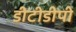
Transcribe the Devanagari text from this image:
डीटीडीपी